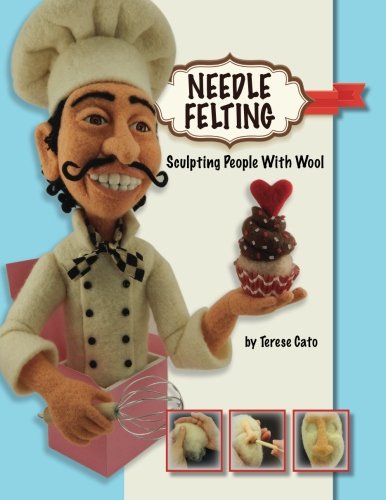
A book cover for Needle Felting: Sculpting People With Wool; Terese Cato; Crafts, Hobbies & Home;